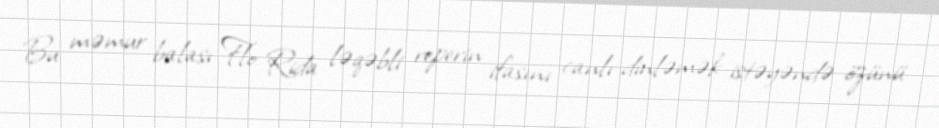
Bu məmur balası Flo Rida ləqəbli reperin ifasını canlı dinləmək istəyəndə özünü